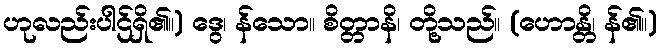
ဟုလည်းပါဌ်ရှိ၏။) ဒွေ၊ န်သော။ စိတ္တာနိ၊ တို့သည်။ (ဟောန္တိ၊ န်၏။)